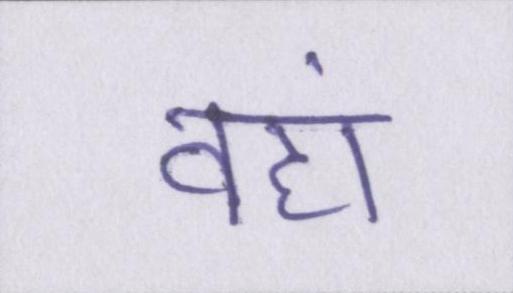
वहां